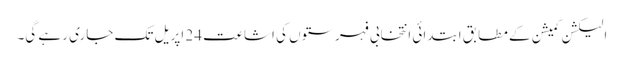
الیکشن کمیشن کے مطابق ابتدائی انتخابی فہرستوں کی اشاعت 24 اپریل تک جاری رہے گی۔